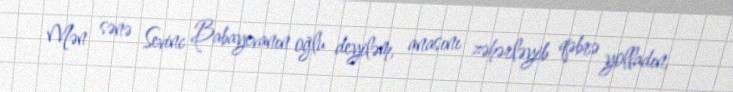
Mən sənə Sevinc Babayevanın oğlu deyiləm, anasını zəhərləyib qəbrə yolladın,